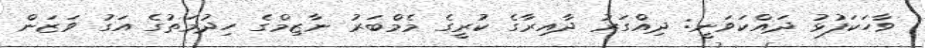
ވާހަކަފުޅު ދައްކަވަނީ: ދިއްގަރު ދާއިރާގެ ކުރީގެ މެމްބަރު ނާޒިމްގެ ހިދުމަތުގެ އަގު ވަޒަން